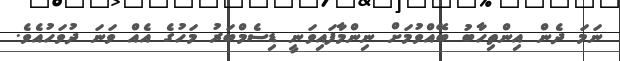
ނަމަ ދެން އިންތިހާބު ބޭއްވުމަށް ނިންމާފައިވަނީ ޑިސެމްބަރު މަހުގެ އެއް ވަނަ ދުވަހުއެވެ.